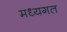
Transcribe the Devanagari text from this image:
मध्यगत